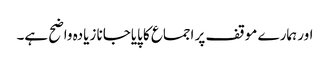
اور ہمارے موقف پر اجماع کا پایاجانا زیادہ واضح ہے۔